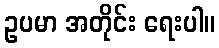
ဥပမာ အတိုင်း ရေးပါ။